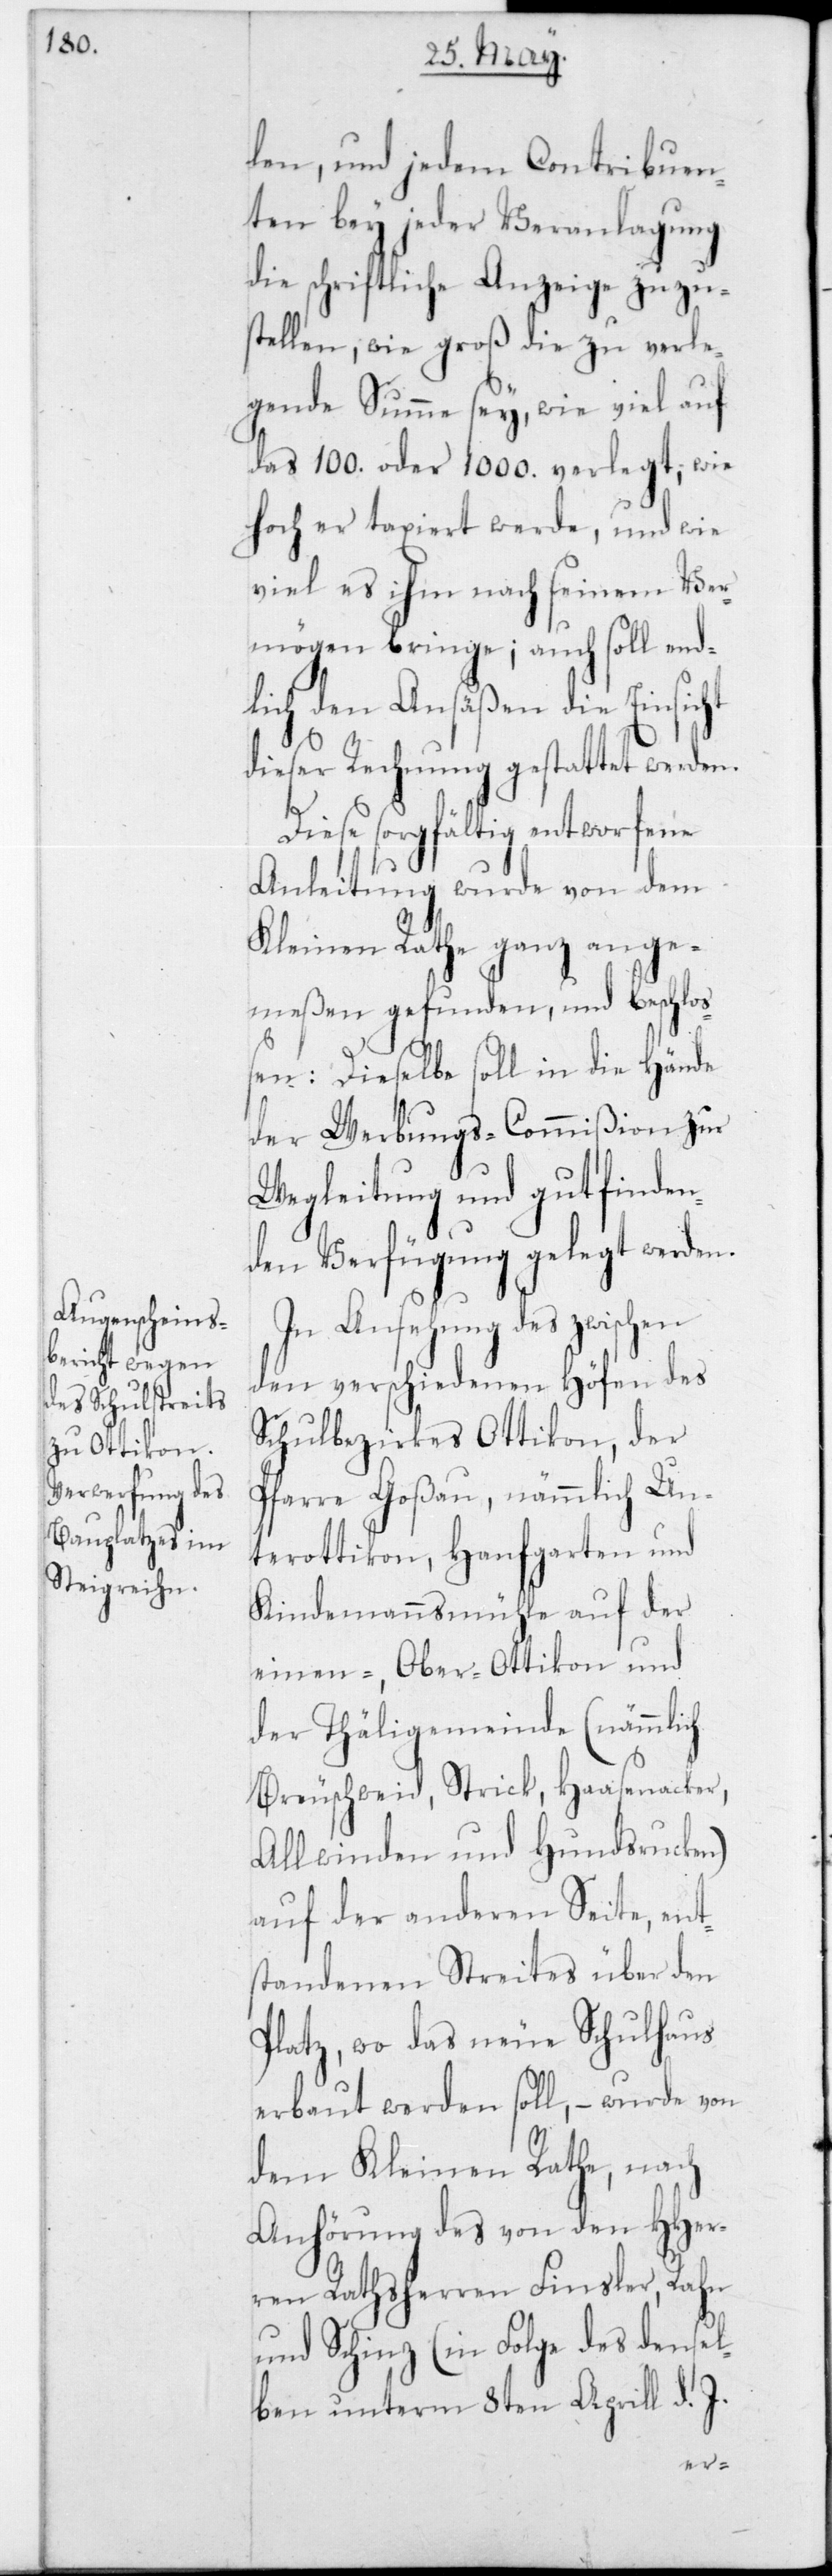
len, und jedem Contribuen¬
ten bey jeder Veranlagung
die schriftliche Anzeige zuzu¬
stellen, wie groß die zu verle¬
gende Summe sey, wie viel auf
das 100 oder 1000 verlegt, wie
hoch er taxiert werde, und wie
viel es ihm nach seinem Ver¬
mögen bringe, auch soll end¬
lich den Ansäßen die Einsicht
dieser Rechnung gestattet werden.
Diese sorgfältig entworfene
Anleitung wurde von dem
Kleinen Rathe ganz ange¬
meßen gefunden, und beschloß¬
en: Dieselbe soll in die Hände
der Werbungs-Commißion zur
Wegleitung und gutfinden¬
den Verfügung gelegt werden.
In Ansehung des zwischen
den verschiedenen Höfen des
Schulbezirkes Ottikon, der
Pfarre Goßau, nämmlich Un¬
terottikon, Hanfgarten und
Kindemannsmühle auf der
einen, – Ober-Ottikon und
der Thäligemeinde (nämmlich
Breuschweid, Strick, Haasenacker,
Allwinden und Hundsrucken)
auf der anderen Seite, –
standenen Streites über den
Platz, wo das neue Schulhaus
erbaut werden soll, – wurde von
dem Kleinen Rath nach
Anhörung des von den HHer¬
ren Rathsherren Finsler, Rahn
und Schinz (in Folge des densel¬
ben unterm 8ten Aprill d. J.
ent¬